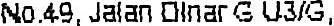
NO.49, JALAN DINAR G U3/G,